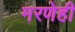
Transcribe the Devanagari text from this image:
मरणेही